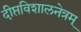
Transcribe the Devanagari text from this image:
दीप्तविशालनेत्रम्